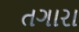
તગારા